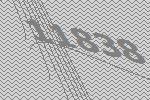
11838